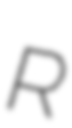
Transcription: R